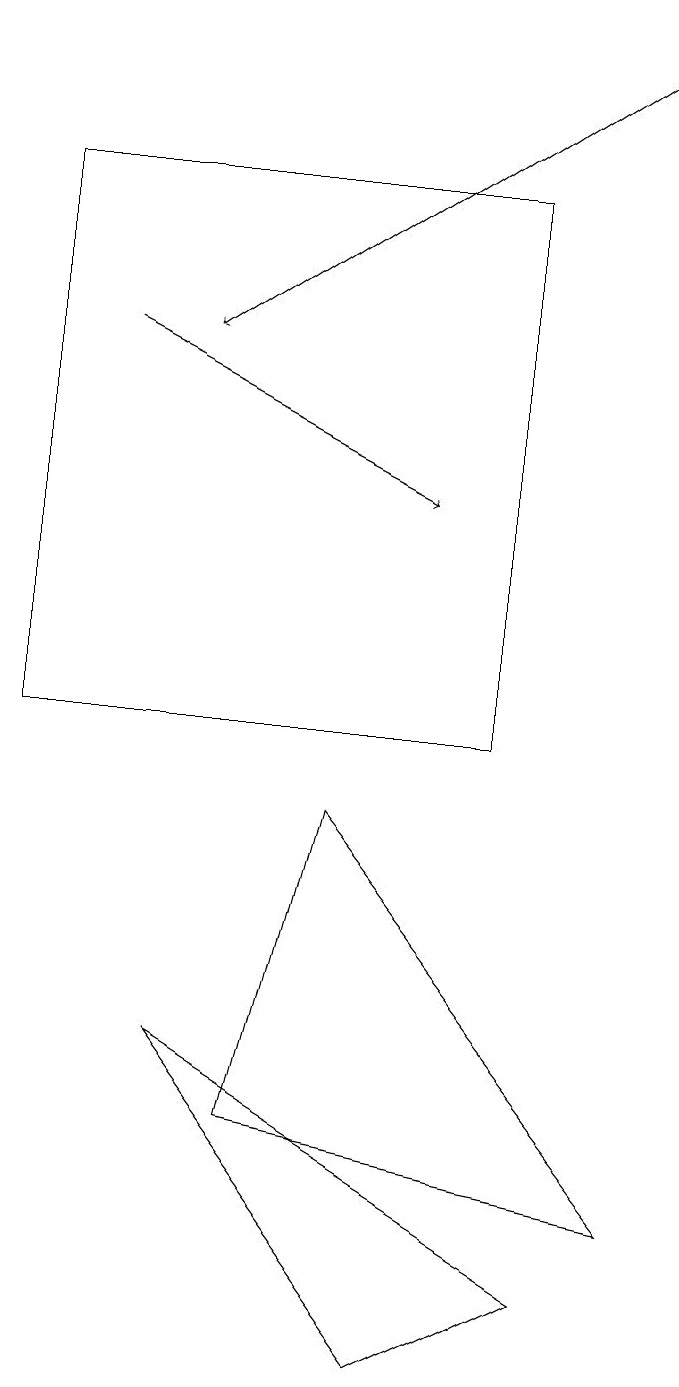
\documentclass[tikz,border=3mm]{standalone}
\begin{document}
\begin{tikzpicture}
\draw (0,10) rectangle (6,17);
\draw (8,4) -- (4,9) -- (3,5) -- cycle;
\draw[->] (8,19) -- (2,15);
\draw (2,6) -- (7,3) -- (5,2) -- cycle;
\draw[->] (1,15) -- (5,13);
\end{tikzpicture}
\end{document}